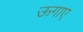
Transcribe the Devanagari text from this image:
ऊगाए